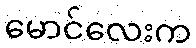
မောင်လေးက